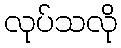
လုပ်သလို